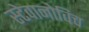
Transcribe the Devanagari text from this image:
स्टेवानोविच